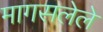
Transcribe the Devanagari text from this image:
मागसलेले